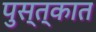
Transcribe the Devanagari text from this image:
पुस्त्कात